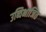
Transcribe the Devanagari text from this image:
उब्विभाजित